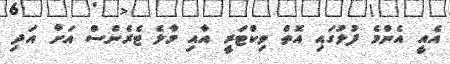
އެއީ އެންމެ ފުލުގައި އޮތް ވިކްޓަރީ އާއި މާލެ ޓެރެންސް އަށް އަދި